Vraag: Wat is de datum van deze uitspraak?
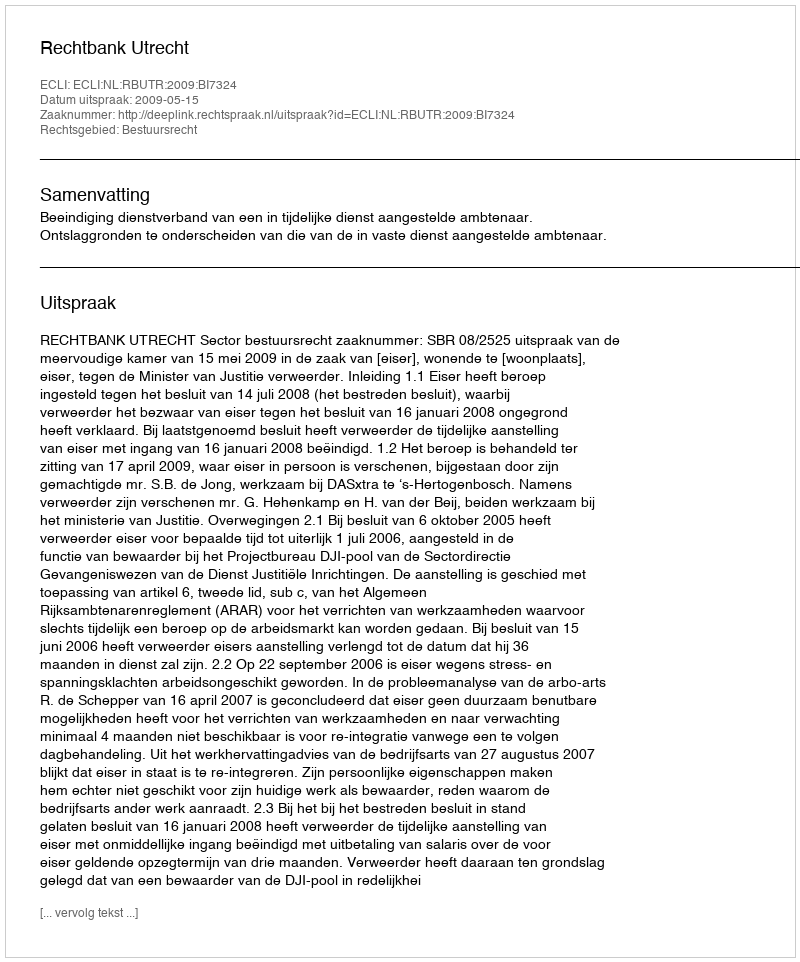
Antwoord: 2009-05-15